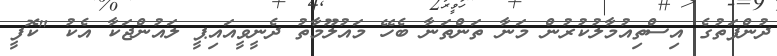
ދުންފަތުގެ އިސްތިއުމާލުކުރުން މަނާ ތަންތަނާ ބެހޭ މައުލޫމާތު ދެނީވީއައިޕީ ލައުންޖަކާ އެކު "ކޮފީ